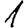
Digit: 1